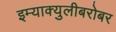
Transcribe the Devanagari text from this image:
इम्‍याक्‍युलीबरोबर